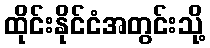
ထိုင်းနိုင်ငံအတွင်းသို့